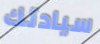
سيادتك